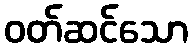
ဝတ်ဆင်သော